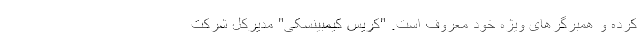
کرده و همبرگرهای ویژه خود معروف است. "کریس کیمبینسکی" مدیرکل شرکت